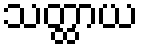
သတ္ထာယ